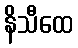
နိသီထေ